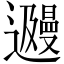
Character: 𬩩